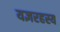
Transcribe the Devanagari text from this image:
यज्ञरहस्य